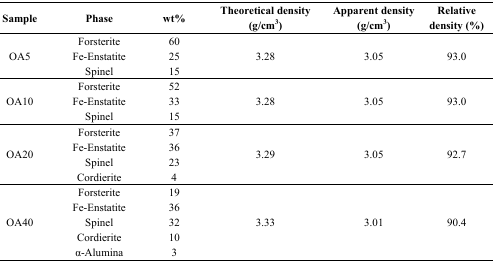
| Sample | Phase | wt% | Theoretical density (g/cm3) | Apparent density (g/cm3) | Relative density (%) |
 | --- | --- | --- | --- | --- | --- |
 | <ROWSPAN=3> OA5 | Forsterite | 60 | <ROWSPAN=3> 3.28 | <ROWSPAN=3> 3.05 | <ROWSPAN=3> 93.0 |
 | Fe-Enstatite | 25 |
 | Spinel | 15 |
 | <ROWSPAN=3> OA10 | Forsterite | 52 | <ROWSPAN=3> 3.28 | <ROWSPAN=3> 3.05 | <ROWSPAN=3> 93.0 |
 | Fe-Enstatite | 33 |
 | Spinel | 15 |
 | <ROWSPAN=4> OA20 | Forsterite | 37 | <ROWSPAN=4> 3.29 | <ROWSPAN=4> 3.05 | <ROWSPAN=4> 92.7 |
 | Fe-Enstatite | 36 |
 | Spinel | 23 |
 | Cordierite | 4 |
 | <ROWSPAN=5> OA40 | Forsterite | 19 | <ROWSPAN=5> 3.33 | <ROWSPAN=5> 3.01 | <ROWSPAN=5> 90.4 |
 | Fe-Enstatite | 36 |
 | Spinel | 32 |
 | Cordierite | 10 |
 | α-Alumina | 3 |